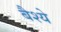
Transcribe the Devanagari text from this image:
बैश्ये